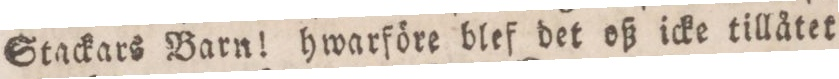
Stackars Barn! hwarföre blef det oß icke tillåtet